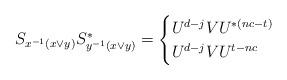
LaTeX: \begin{align*}S_{x^{-1}(x \vee y)}S_{y^{-1}(x \vee y)}^*=\begin{cases}U^{d-j}VU^{*(nc-t)}&\\U^{d-j}VU^{t-nc}&\end{cases}\end{align*}